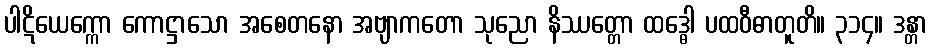
ပါဋိယေက္ကော ကောဋ္ဌာသော အစေတနော အဗျာကတော သုညော နိဿတ္တော ထဒ္ဓေါ ပထဝီဓာတူတိ။ ၃၁၄။ ဒန္တာ